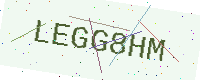
Text: LEGG8HM